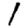
Digit: 1